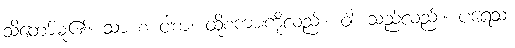
သိတော်မူ၏။ သာ စ ဝါစာ၊ ထိုစကားကိုလည်း။ ဝါ၊ သည်လည်း။ ပရေသံ၊